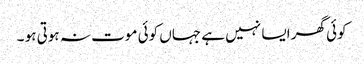
کوئی گھر ایسا نہیں ہے جہاں کوئی موت نہ ہوتی ہو ۔